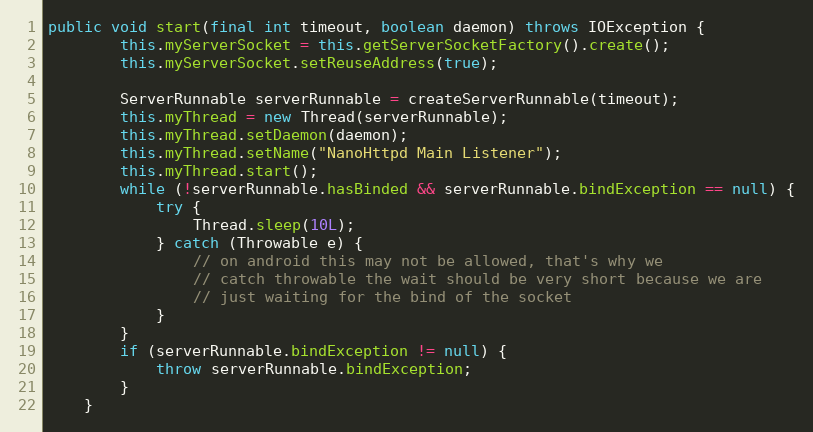
Language: Java
public void start(final int timeout, boolean daemon) throws IOException {
        this.myServerSocket = this.getServerSocketFactory().create();
        this.myServerSocket.setReuseAddress(true);

        ServerRunnable serverRunnable = createServerRunnable(timeout);
        this.myThread = new Thread(serverRunnable);
        this.myThread.setDaemon(daemon);
        this.myThread.setName("NanoHttpd Main Listener");
        this.myThread.start();
        while (!serverRunnable.hasBinded && serverRunnable.bindException == null) {
            try {
                Thread.sleep(10L);
            } catch (Throwable e) {
                // on android this may not be allowed, that's why we
                // catch throwable the wait should be very short because we are
                // just waiting for the bind of the socket
            }
        }
        if (serverRunnable.bindException != null) {
            throw serverRunnable.bindException;
        }
    }